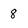
Character: 8